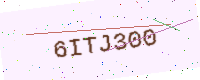
Text: 6ITJ300